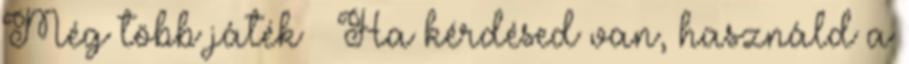
Még több játék » Ha kérdésed van, használd a